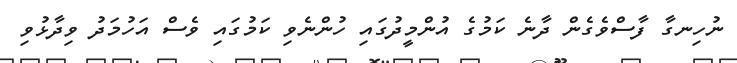
ނުހިނގާ ފާސްވެގެން ދާނެ ކަމުގެ އުންމީދުގައި ހުންނެވި ކަމުގައި ވެސް އަހުމަދު ވިދާޅުވި